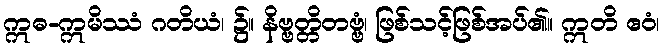
ဣဓ-ဣမိဿံ ဂတိယံ၊ ၌။ နိဗ္ဗတ္တိတဗ္ဗံ၊ ဖြစ်သင့်ဖြစ်အပ်၏။ ဣတိ ဧဝံ၊